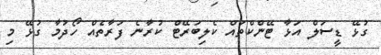
ގުޅޭ ޑީސަލް އަޅާ ޓޭންކްތައް ކެލިބަރޭޓް ކުރާނެ ފަރާތެއް ހޯދުމާ ގުޅޭ މި